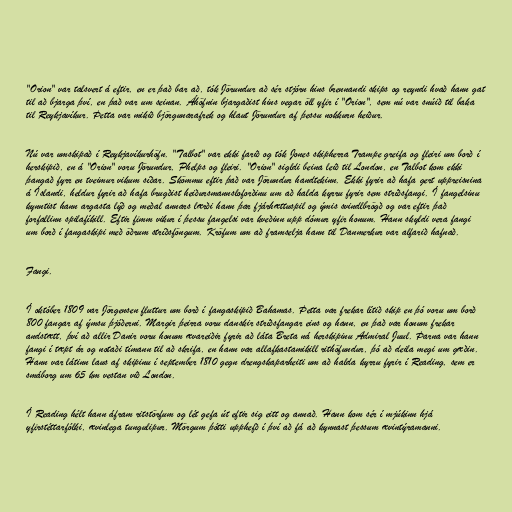
"Orion" var talsvert á eftir, en er það bar að, tók Jörundur að sér stjórn hins brennandi skips og reyndi hvað hann gat
til að bjarga því, en það var um seinan. Áhöfnin bjargaðist hins vegar öll yfir í "Orion", sem nú var snúið til baka
til Reykjavíkur. Þetta var mikið björgunarafrek og hlaut Jörundur af þessu nokkurn heiður.

Nú var umskipað í Reykjavíkurhöfn. "Talbot" var ekki farið og tók Jones skipherra Trampe greifa og fleiri um borð í
herskipið, en á "Orion" voru Jörundur, Phelps og fleiri. "Orion" sigldi beina leið til London, en Talbot kom ekki
þangað fyrr en tveimur vikum síðar. Skömmu eftir það var Jörundur handtekinn. Ekki fyrir að hafa gert uppreisnina
á Íslandi, heldur fyrir að hafa brugðist heiðursmannsloforðinu um að halda kyrru fyrir sem stríðsfangi. Í fangelsinu
kynntist hann argasta lýð og meðal annars lærði hann þar fjárhættuspil og ýmis svindlbrögð og var eftir það
forfallinn spilafíkill. Eftir fimm vikur í þessu fangelsi var kveðinn upp dómur yfir honum. Hann skyldi vera fangi
um borð í fangaskipi með öðrum stríðsföngum. Kröfum um að framselja hann til Danmerkur var alfarið hafnað.

Fangi.

Í október 1809 var Jörgensen fluttur um borð í fangaskipið Bahamas. Þetta var frekar lítið skip en þó voru um borð
800 fangar af ýmsu þjóðerni. Margir þeirra voru danskir stríðsfangar eins og hann, en það var honum frekar
andstætt, því að allir Danir voru honum ævareiðir fyrir að láta Breta ná herskipinu Admiral Juul. Þarna var hann
fangi í tæpt ár og notaði tímann til að skrifa, en hann var allafkastamikill rithöfundur, þó að deila megi um gæðin.
Hann var látinn laus af skipinu í september 1810 gegn drengskaparheiti um að halda kyrru fyrir í Reading, sem er
smáborg um 65 km vestan við London.

Í Reading hélt hann áfram ritstörfum og lét gefa út eftir sig eitt og annað. Hann kom sér í mjúkinn hjá
yfirstéttarfólki, ævinlega tungulipur. Mörgum þótti upphefð í því að fá að kynnast þessum ævintýramanni.